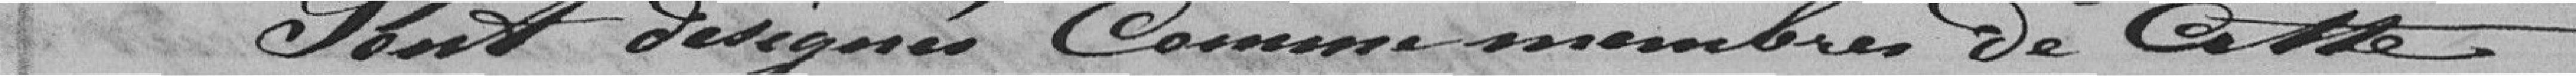
Sont désignés comme membres de cette